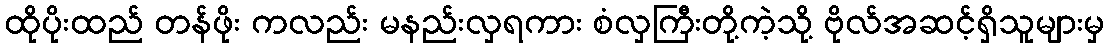
ထိုပိုးထည် တန်ဖိုး ကလည်း မနည်းလှရကား စံလှကြီးတို့ကဲ့သို့ ဗိုလ်အဆင့်ရှိသူများမှ